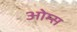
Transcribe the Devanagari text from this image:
ओम्स